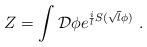
LaTeX: \begin{align*}Z = \int{\cal D}\phi e^{{i\over l}S(\sqrt{l}\phi)}~.\end{align*}